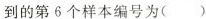
到的第6个样本编号为( )